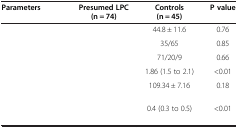
<table><thead><tr><td><b>Parameters</b></td><td><b>Presumed LPC (n = 74)</b></td><td><b>Controls (n = 45)</b></td><td><b>P value</b></td></tr></thead><tbody><tr><td>[EMPTY_CELL]</td><td>[EMPTY_CELL]</td><td>44.8 ± 11.6</td><td>0.76</td></tr><tr><td>[EMPTY_CELL]</td><td>[EMPTY_CELL]</td><td>35/65</td><td>0.85</td></tr><tr><td>[EMPTY_CELL]</td><td>[EMPTY_CELL]</td><td>71/20/9</td><td>0.66</td></tr><tr><td>[EMPTY_CELL]</td><td>[EMPTY_CELL]</td><td>1.86 (1.5 to 2.1)</td><td>&lt;0.01</td></tr><tr><td>[EMPTY_CELL]</td><td>[EMPTY_CELL]</td><td>109.34 ± 7.16</td><td>0.18</td></tr><tr><td>[EMPTY_CELL]</td><td>[EMPTY_CELL]</td><td>0.4 (0.3 to 0.5)</td><td>&lt;0.01</td></tr></tbody></table>